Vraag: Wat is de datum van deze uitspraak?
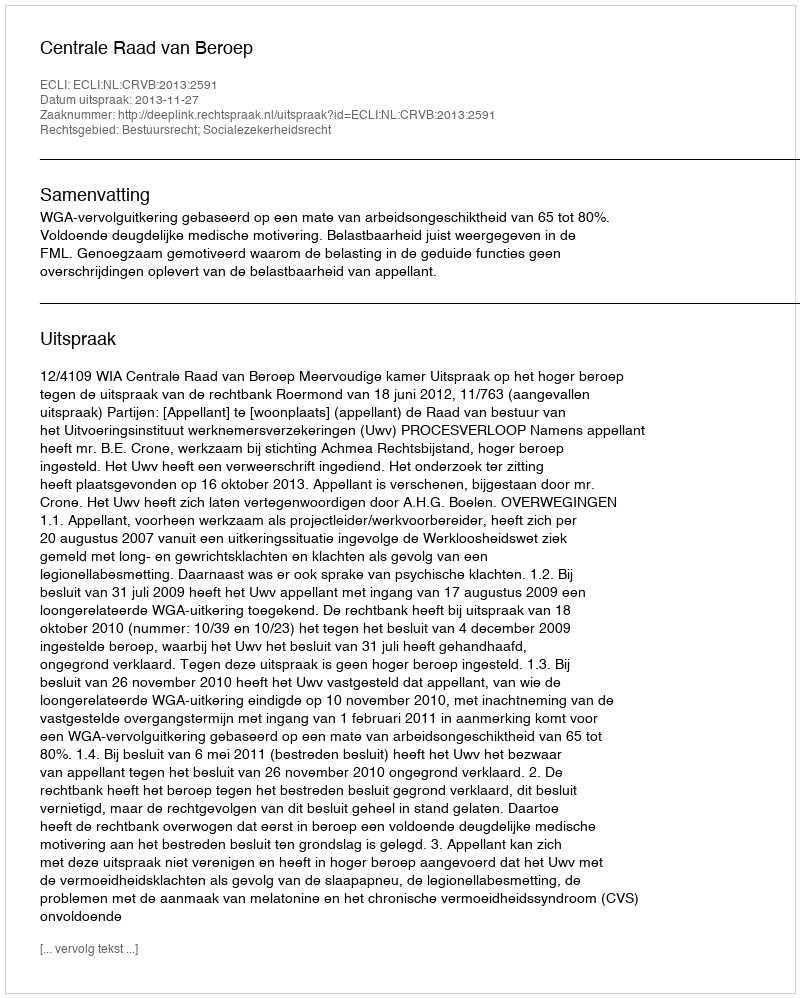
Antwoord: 2013-11-27